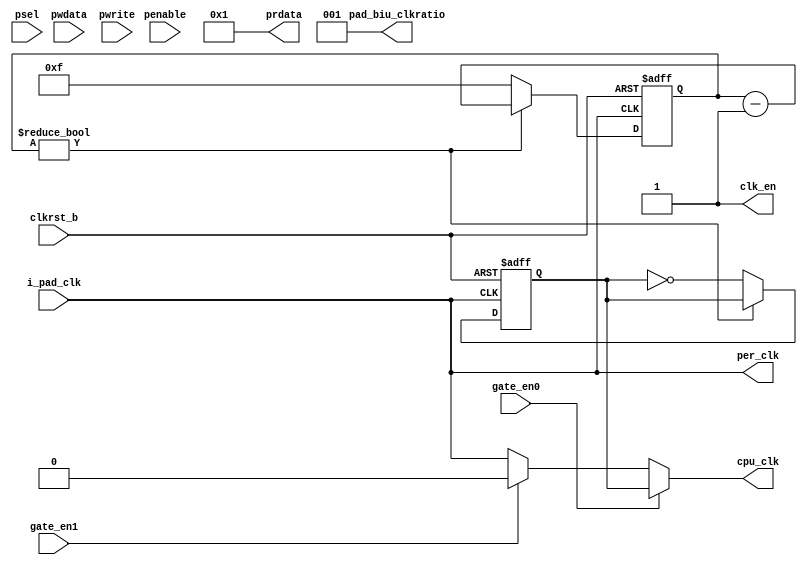
/*Copyright 2019-2021 T-Head Semiconductor Co., Ltd.

Licensed under the Apache License, Version 2.0 (the "License");
you may not use this file except in compliance with the License.
You may obtain a copy of the License at

    http://www.apache.org/licenses/LICENSE-2.0

Unless required by applicable law or agreed to in writing, software
distributed under the License is distributed on an "AS IS" BASIS,
WITHOUT WARRANTIES OR CONDITIONS OF ANY KIND, either express or implied.
See the License for the specific language governing permissions and
limitations under the License.
*/
module clk_gen(
  clkrst_b,
  i_pad_clk,
  clk_en,
  psel,
  penable,
  prdata,
  pwdata,
  pwrite,

  gate_en0,
  gate_en1,

  pad_biu_clkratio,
  per_clk,
  cpu_clk
);


input           clkrst_b;        
input           i_pad_clk;       
input           penable;         
input           psel;            
input   [2 :0]  pwdata;          
input           pwrite;         
input           gate_en0;      
input           gate_en1;      
output          clk_en;          
output  [2 :0]  pad_biu_clkratio; 
output          per_clk;         
output          cpu_clk;         
output  [31:0]  prdata;          


wire    [31:0]  prdata;          


wire            clk_en;          
wire            clkrst_b;        
wire            i_pad_clk;       
wire    [2 :0]  pad_biu_clkratio; 
wire            penable;         
wire            per_clk;         
wire            cpu_clk;         
wire            psel;            
wire    [2 :0]  pwdata;          
wire            pwrite;          

// configure parameter for system clock dividor
// 0 not support
//
// default 1:1. all case can run in this configuration
// 1 = 1:1
//
// some case may run fail
// 2 = 2:1
// 3 = 3:1
// 4 = 4:1
// 5 = 5:1
//........
// 7 = 7:1
parameter  CLK_RATIO = 3'd1;


reg [2:0]  cnt; 
reg        cnt_zero; 
wire       sys_clk;
always @(posedge i_pad_clk or negedge clkrst_b)
begin
  if(!clkrst_b)
    cnt[2:0] <= 3'b0;
  else if(cnt == (CLK_RATIO - 1))
    cnt[2:0] <= 3'b0;
  else
    cnt[2:0] <= cnt[2:0] + 3'd1;
end

always @(posedge i_pad_clk or negedge clkrst_b)
begin
  if(!clkrst_b)
    cnt_zero <=  1'b1;
  else if(cnt == (CLK_RATIO - 1))
    cnt_zero <=  1'b1;
  else
    cnt_zero <=  1'b0;
end


assign sys_clk = (CLK_RATIO == 1) ?  i_pad_clk
                                 :  cnt_zero;

assign clk_en  = (CLK_RATIO == 1) ? 1'b1
               : (CLK_RATIO == 2) ? cnt_zero
                                  : (cnt == CLK_RATIO - 2);

assign  prdata[31:0]          = {29'b0,CLK_RATIO};
assign  pad_biu_clkratio[2:0] = CLK_RATIO;

reg [3:0] div_cnt;
reg       slow_clk; 
always @(posedge i_pad_clk or negedge clkrst_b) begin
  if (!clkrst_b) begin
    div_cnt     <= 4'hf;
    slow_clk    <= 1'b0;
  end
  else begin
    if(div_cnt != 4'h0) begin
      div_cnt   <= div_cnt - 1;
      slow_clk  <= slow_clk;
    end
    else begin
      div_cnt   <= 4'hf;
      slow_clk  <= ~slow_clk;
    end
  end
end

assign per_clk = sys_clk;
assign cpu_clk = gate_en0 ? slow_clk : (gate_en1 ? 1'b0 : i_pad_clk);
// assign cpu_clk = i_pad_clk;

endmodule